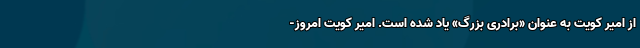
از امیر کویت به عنوان «برادری بزرگ» یاد شده است. امیر کویت امروز-